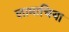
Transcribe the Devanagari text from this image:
लामाचिया